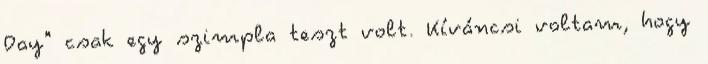
Day" csak egy szimpla teszt volt. Kíváncsi voltam, hogy